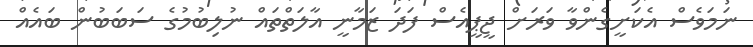
ނަމަވެސް އެކަށީގެންވާ ވަރަށް ޖީޕީއެސް ފަދަ ޒަމާނީ އާލަތްތައް ނުލިބުމުގެ ސަބަބުން ބައެއް